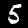
Label: 5